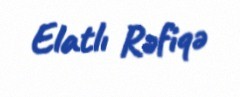
Elatlı Rəfiqə